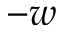
- w